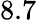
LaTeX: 8.7